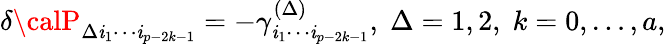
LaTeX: \delta{\calP}_{\Delta\mathit{i}_{1}\cdots\mathit{i}_{p-2k-1}}=-\gamma_{\mathit{i}_{1}\cdots\mathit{i}_{p-2k-1}}^{(\Delta)},\; \Delta=1,2,\; k=0,\ldots,a,